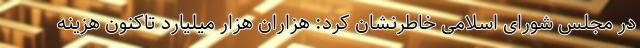
در مجلس شورای اسلامی خاطرنشان کرد: هزاران هزار میلیارد تاکنون هزینه